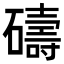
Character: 𥖲